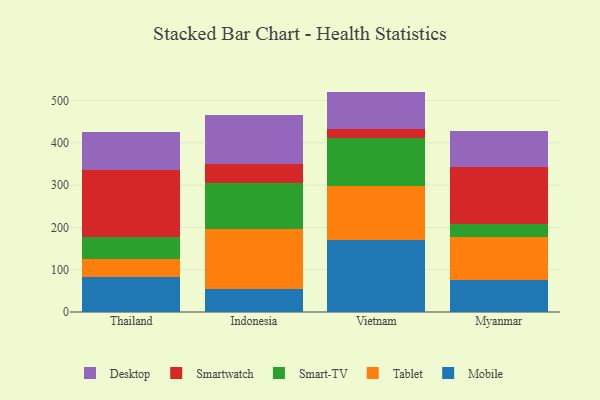
{"axis": {"x": "Country", "y": "Latency (ms)"}, "legend": ["Desktop", "Mobile", "Smart-TV", "Smartwatch", "Tablet"], "data": [{"x": "Thailand", "y": 82.0, "type": "Mobile"}, {"x": "Thailand", "y": 42.9, "type": "Tablet"}, {"x": "Thailand", "y": 53.0, "type": "Smart-TV"}, {"x": "Thailand", "y": 158.9, "type": "Smartwatch"}, {"x": "Thailand", "y": 89.4, "type": "Desktop"}, {"x": "Indonesia", "y": 53.3, "type": "Mobile"}, {"x": "Indonesia", "y": 142.8, "type": "Tablet"}, {"x": "Indonesia", "y": 109.9, "type": "Smart-TV"}, {"x": "Indonesia", "y": 43.5, "type": "Smartwatch"}, {"x": "Indonesia", "y": 116.9, "type": "Desktop"}, {"x": "Vietnam", "y": 170.8, "type": "Mobile"}, {"x": "Vietnam", "y": 126.9, "type": "Tablet"}, {"x": "Vietnam", "y": 114.4, "type": "Smart-TV"}, {"x": "Vietnam", "y": 20.6, "type": "Smartwatch"}, {"x": "Vietnam", "y": 88.5, "type": "Desktop"}, {"x": "Myanmar", "y": 74.7, "type": "Mobile"}, {"x": "Myanmar", "y": 103.0, "type": "Tablet"}, {"x": "Myanmar", "y": 29.3, "type": "Smart-TV"}, {"x": "Myanmar", "y": 137.0, "type": "Smartwatch"}, {"x": "Myanmar", "y": 84.2, "type": "Desktop"}]}